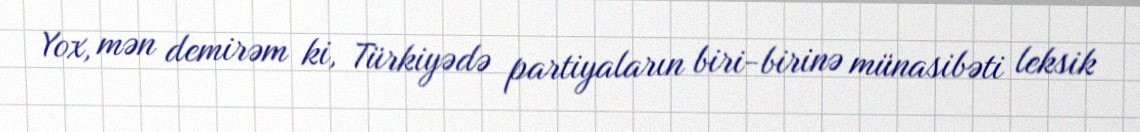
Yox, mən demirəm ki, Türkiyədə partiyaların biri-birinə münasibəti leksik